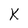
Character: K